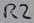
Text: R2